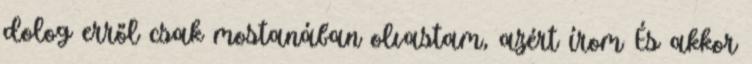
dolog erről csak mostanában olvastam, azért írom És akkor